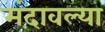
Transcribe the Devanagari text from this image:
मंदावल्या